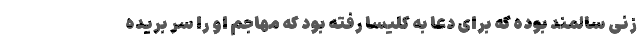
زنی سالمند بوده که برای دعا به کلیسا رفته بود که مهاجم او را سر بریده